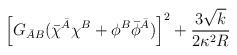
LaTeX: \begin{align*}\left[ G_{\bar AB} (\bar\chi^{\bar A}\chi^B +\phi^B \bar\phi^{\bar A})\right]^2 +\frac{3\sqrt{k}}{2\kappa^2 R}\end{align*}